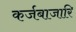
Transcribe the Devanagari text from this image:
कर्जबाजारि